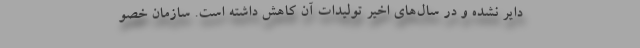
دایر نشده و در سال‌های اخیر تولیدات آن کاهش داشته است. سازمان خصو